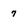
Character: 7